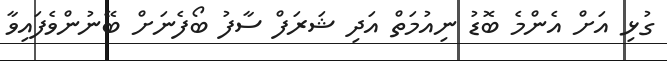
ގުޅި އަށް އެންމެ ބޮޑު ނިއުމަތް އަދި ޝަރަފް ސާފު ބޯފެނަށް ބޭނުންވެފައިވާ